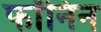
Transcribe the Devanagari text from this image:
फॉनिन